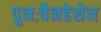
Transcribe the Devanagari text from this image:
पुनःचैनहेसेन